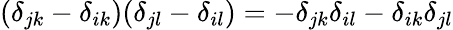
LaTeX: (\delta_{jk}-\delta_{ik})(\delta_{jl}-\delta_{il})=-\delta_{jk}\delta_{il}-\delta_{ik}\delta_{jl}